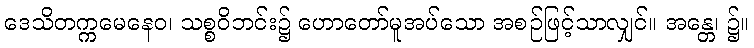
ဒေသိတက္ကမေနေဝ၊ သစ္စဝိဘင်း၌ ဟောတော်မူအပ်သော အစဉ်ဖြင့်သာလျှင်။ အန္တေ၊ ၌။